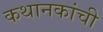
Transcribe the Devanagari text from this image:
कथानकांची